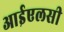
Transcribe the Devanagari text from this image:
आईएलसी